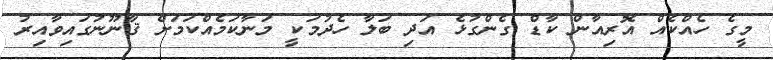
މީގެ ހެއްކެއް އޮރިއާން ކާޑް ގެންގުޅެ އަދި ބަލާ ހެދުމަކީ މަނާކަމެއްކަމަށް ޤާނޫނުގައިވާއިރު